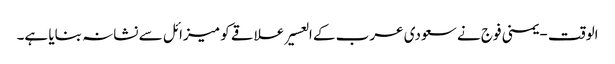
الوقت - یمنی فوج نے سعودی عرب کے العسیر علاقے کو میزائل سے نشانہ بنایا ہے۔